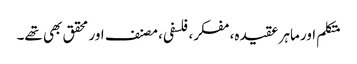
متکلم اور ماہر عقیدہ، مفکر، فلسفی، مصنف اور محقق بھی تھے۔